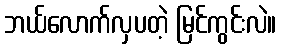
ဘယ်လောက်လှပတဲ့ မြင်ကွင်းလဲ။